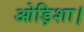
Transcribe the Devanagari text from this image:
ओड़िशा।